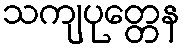
သကျပုတ္တေန